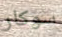
سوكار